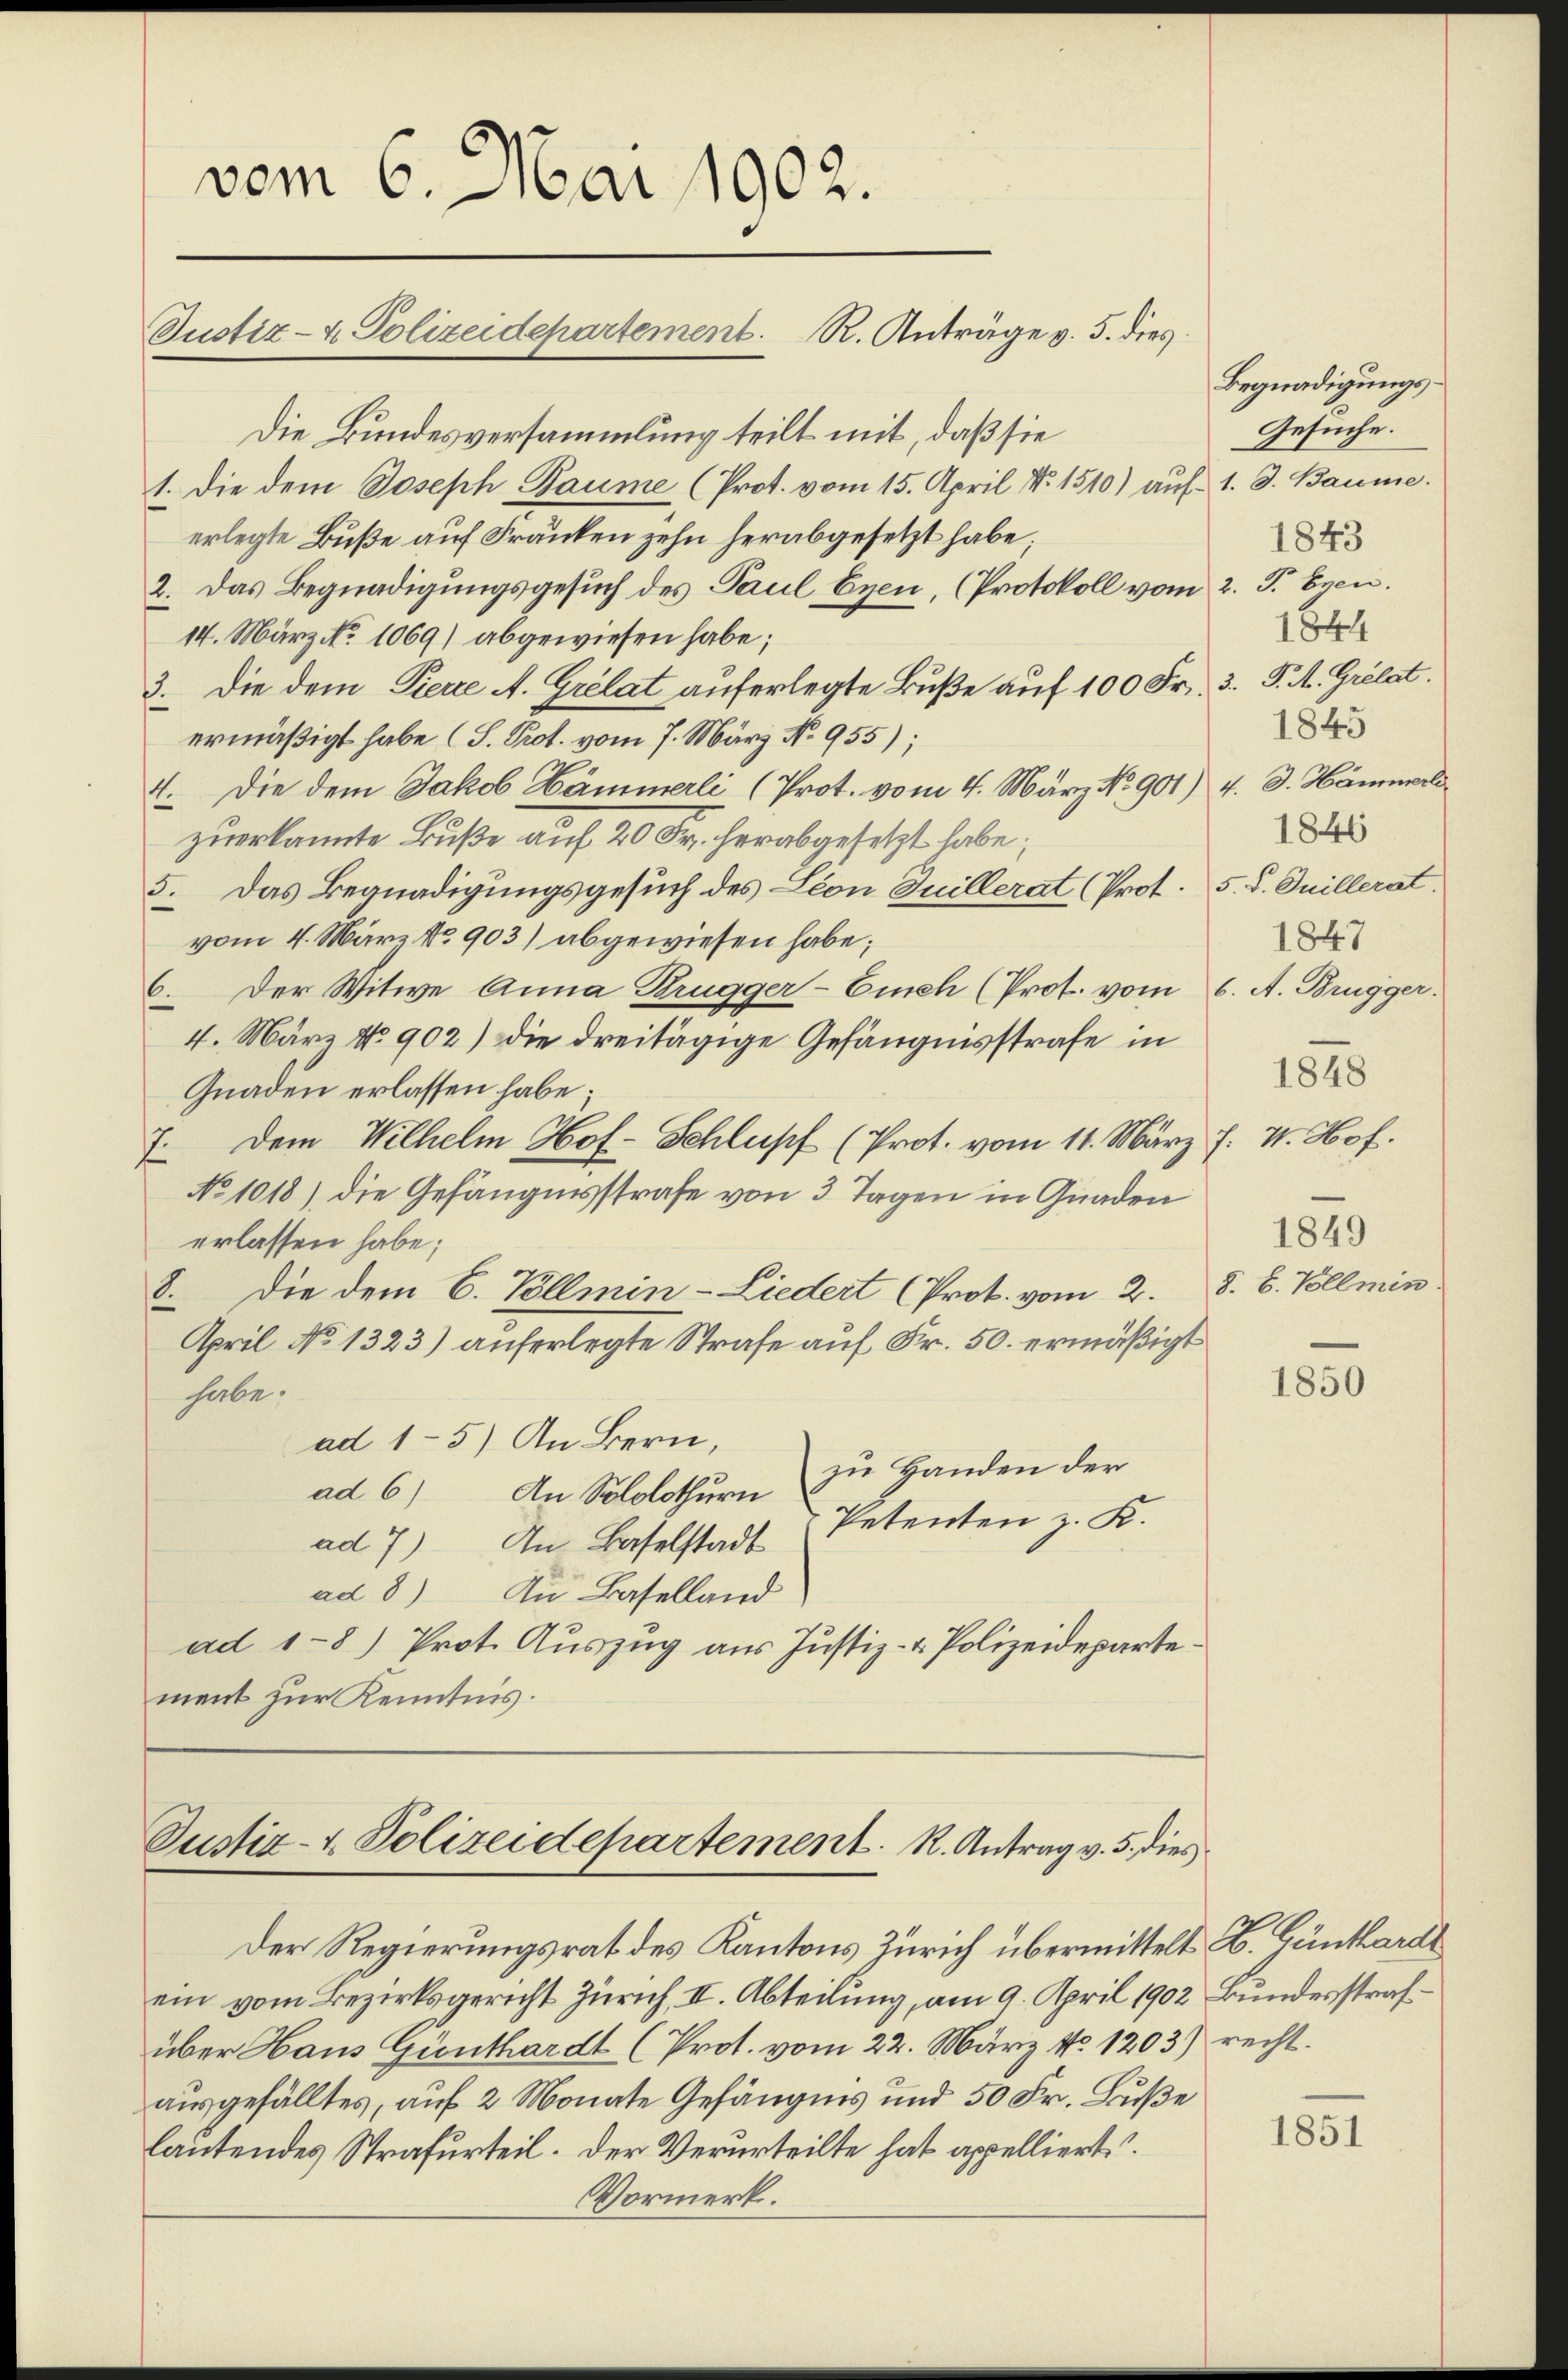
vom 6. Mai 1902.
Justiz- & Polizeidepartement. R. Anträge v. 5. dies

Die Bundesversammlung teilt mit, daß sie
1. Die dem Joseph Baume (Prot. vom 15. April Nr. 1510) auf 1. d. Baume
erlegte Buße auf Franken zehn herabgesetzt habe;
2. Das Begnadigungsgesuch des Paul Exen, (Protokoll vom 2. J. Ezen.
14. März No 1069) abgewiesen habe;
3. Die dem Pierre A. Grelat auferlegte Buße auf 100 Fr. 3. P. M. Grélat.
ermäßigt habe (S. Prot. vom 7. März No 955);
4. Die dem Jakob Hämmerli (Prot. vom 4. März No 901) 4. d. Hämmerl
zuerkannte Buße auf 20 Fr. herabgesetzt habe;
5. Das Begnadigungsgesuch des Leon Juillerat (Prot. 5. d. Juillerat.
vom 4. März No 903) abgewiesen habe;
6. Der Witwe Anna Brugger- Euch (Prof. vom 6. A. Brugger.
4. März No 902) die dreitägige Gefängnisstrafe in
Gnaden erlassen habe;
7. Dem Wilhelm Hof- Schlupf (Prot. vom 11. März. J. V. Hof.
No 1018) die Gefängnisstrafe von 3 Tagen in Gnaden
erlassen habe;
8. Die dem C. Pllmin-Liedert (Prot. vom 2. S. B. Vollmin
April No 1323) auferlegte Strafe auf Fr. 50. ermäßigt
habe.
ad 1-5) An Bern,
zu Handen der
ad 6) An Sololothurn
Petenten z. K.
ad 7) In Baselstadt
ad 8) In Baselland
ad 1-8) Prot. Auszug aus Justiz- & Polizeidepartement zur Kenntnis.

Justiz- & Polizeidepartement. R. Antrag v. 5. dies

Der Regierungsrat des Kantons Zürich übermittelt B. Günthardt
ein vom Bezirksgericht Zürich, II. Abteilung, am 9. April 1902 Bundesstrafüber Haus Günthardt (Prot. vom 22. März No. 1203) recht.
ausgefälltes, auf 2 Monate Gefängnis und 50 Fr. Buße
lautendes Strafurteil. Der Verurteilte hat appelliert.
Vormerk.

Begnadigungs¬
Gesuche.
1843
1844
1845
1846
1847
1848
1849

1850

1851